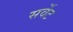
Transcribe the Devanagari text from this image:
सर्वेट